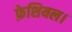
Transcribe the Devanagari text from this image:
फ़ेशियल।